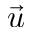
\vec { u }